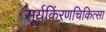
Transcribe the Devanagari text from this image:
सूर्यकिंरणचिकित्सा